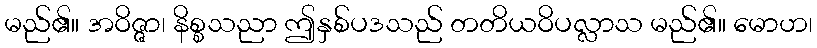
မည်၏။ အဝိဇ္ဇာ၊ နိစ္စသညာ ဤနှစ်ပဒသည် တတိယဝိပလ္လာသ မည်၏။ မောဟ၊